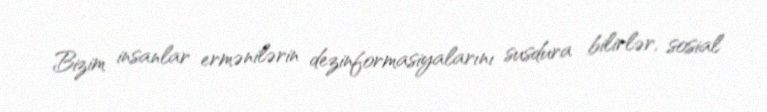
Bizim insanlar ermənilərin dezinformasiyalarını susdura bilirlər, sosial